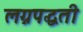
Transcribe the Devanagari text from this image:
लग्नपद्धती